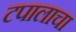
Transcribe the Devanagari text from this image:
टपालाचा